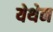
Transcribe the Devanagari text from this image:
येथेन